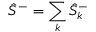
\hat { S } ^ { - } = \sum _ { k } \hat { S } _ { k } ^ { - }